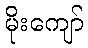
မိုးကျော်